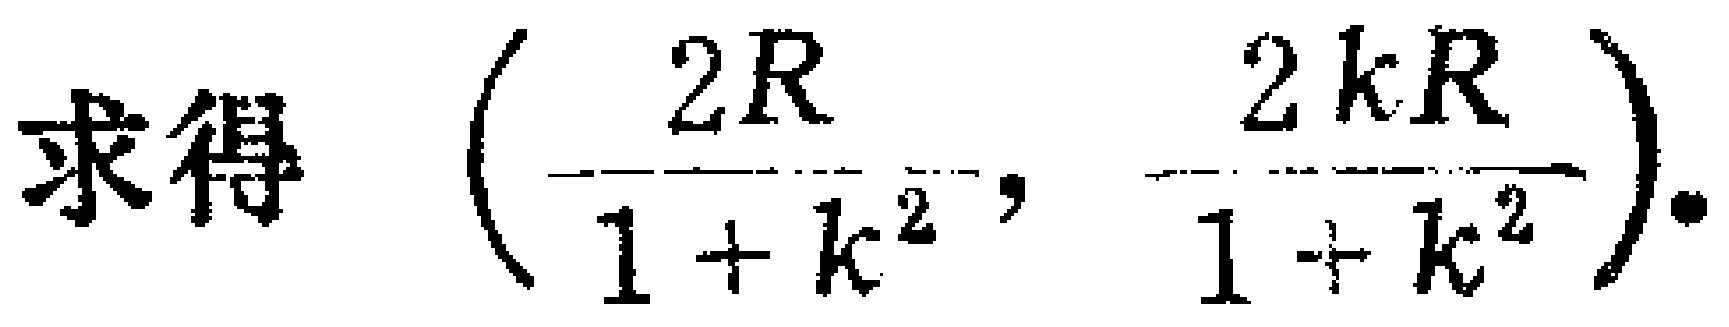
求得 $\left(\frac{2R}{1 + k^{2}}, \frac{2kR}{1 + k^{2}}\right).$